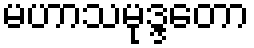
မဟာသမုဒ္ဒတော